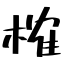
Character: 榷